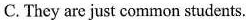
C. They are just common students.